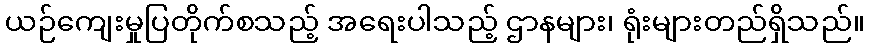
ယဉ်ကျေးမှုပြတိုက်စသည့် အရေးပါသည့် ဌာနများ၊ ရုံးများတည်ရှိသည်။